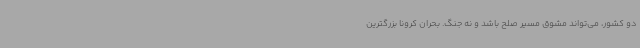
دو کشور، می‌تواند مشوق مسیر صلح باشد و نه جنگ. بحران کرونا بزرگترین